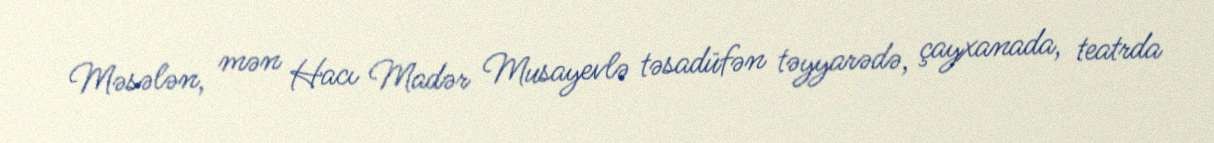
Məsələn, mən Hacı Madər Musayevlə təsadüfən təyyarədə, çayxanada, teatrda